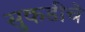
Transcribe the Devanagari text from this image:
सुकडीचे